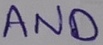
Text: AND